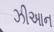
ઝીઆન